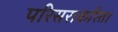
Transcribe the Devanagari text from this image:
परिसराकरिता